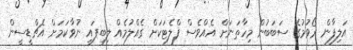
އަލިފާން ރޯވުމުގެ ސަބަބުން މިހާތަނަށް އެއްވެސް ފްލެޓަކަށް ގެއްލުމެއް ލިބިފައި ނުވާކަމަށް އެޗްޑީސީން